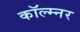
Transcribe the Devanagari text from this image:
कॉल्म्नर